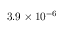
3 . 9 \times 1 0 ^ { - 6 }